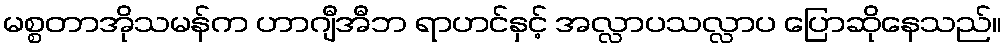
မစ္စတာအိုသမန်က ဟာဂျီအီဘ ရာဟင်နှင့် အလ္လာပသလ္လာပ ပြောဆိုနေသည်။